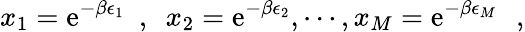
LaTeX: x_{1}=\mathrm{e}^{-\beta\epsilon_{1}}~~,~~x_{2}=\mathrm{e}^{-\beta\epsilon_{2}},\cdots,x_{M}=\mathrm{e}^{-\beta\epsilon_{M}}\, \, \, \, ,